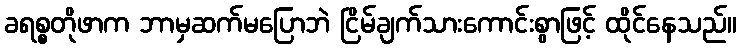
ခရစ္စတိုဖာက ဘာမှဆက်မပြောဘဲ ငြိမ်ချက်သားကောင်းစွာဖြင့် ထိုင်နေသည်။